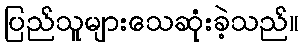
ပြည်သူများသေဆုံးခဲ့သည်။